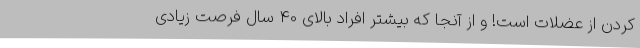
کردن از عضلات است! و از آنجا که بیشتر افراد بالای 40 سال فرصت زیادی